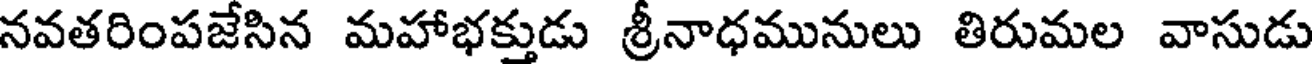
నవతరింపజేసిన మహాభక్తుడు శ్రీనాధమునులు తిరుమల వాసుడు